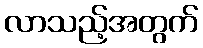
လာသည့်အတွက်